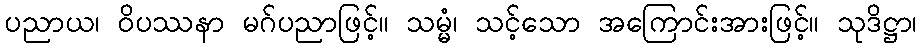
ပညာယ၊ ဝိပဿနာ မဂ်ပညာဖြင့်။ သမ္မံ၊ သင့်သော အကြောင်းအားဖြင့်။ သုဒိဋ္ဌာ၊